Indian journal of veterinary science and animal husbandry - Volume 11,
Year: 1941
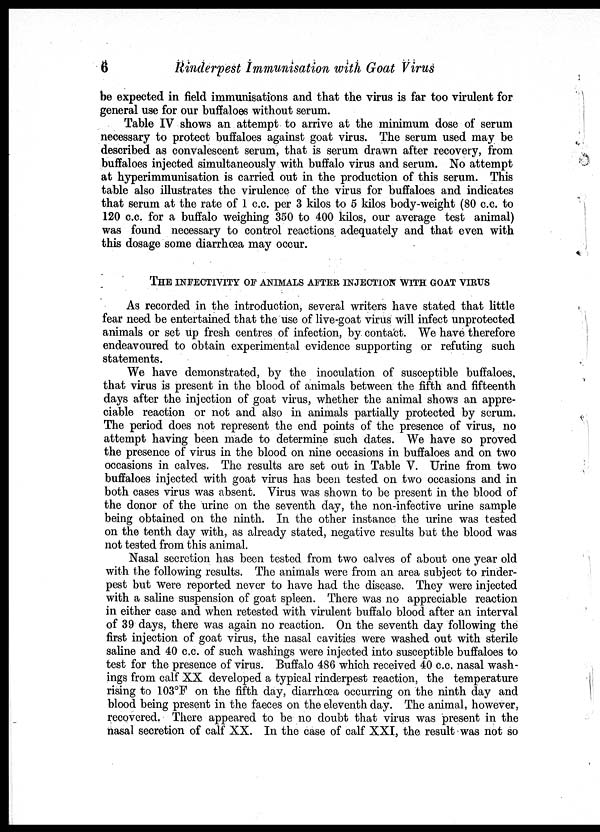
6
Rinderpest Immunisation with Goat Virus
be expected in field immunisations and that the virus is far too virulent for
general use for our buffaloes without serum.
Table IV shows an attempt to arrive at the minimum dose of serum
necessary to protect buffaloes against goat virus. The serum used may be
described as convalescent serum, that is serum drawn after recovery, from
buffaloes injected simultaneously with buffalo virus and serum. No attempt
at hyperimmunisation is carried out in the production of this serum. This
table also illustrates the virulence of the virus for buffaloes and indicates
that serum at the rate of 1 c.c. per 3 kilos to 5 kilos body-weight (80 c.c. to
120 c.c. for a buffalo weighing 350 to 400 kilos, our average test animal)
was found necessary to control reactions adequately and that even with
this dosage some diarrhœa may occur.
THE INFECTIVITY OF ANIMALS AFTER INJECTION WITH GOAT VIRUS
As recorded in the introduction, several writers have stated that little
fear need be entertained that the use of live-goat virus will infect unprotected
animals or set up fresh centres of infection, by contact. We have therefore
endeavoured to obtain experimental evidence supporting or refuting such
statements.
We have demonstrated, by the inoculation of susceptible buffaloes,
that virus is present in the blood of animals between the fifth and fifteenth
days after the injection of goat virus, whether the animal shows an appre-
ciable reaction or not and also in animals partially protected by serum.
The period does not represent the end points of the presence of virus, no
attempt having been made to determine such dates. We have so proved
the presence of virus in the blood on nine occasions in buffaloes and on two
occasions in calves. The results are set out in Table V. Urine from two
buffaloes injected with goat virus has been tested on two occasions and in
both cases virus was absent. Virus was shown to be present in the blood of
the donor of the urine on the seventh day, the non-infective urine sample
being obtained on the ninth. In the other instance the urine was tested
on the tenth day with, as already stated, negative results but the blood was
not tested from this animal.
Nasal secretion has been tested from two calves of about one year old
with the following results. The animals were from an area subject to rinder-
pest but were reported never to have had the disease. They were injected
with a saline suspension of goat spleen. There was no appreciable reaction
in either case and when retested with virulent buffalo blood after an interval
of 39 days, there was again no reaction. On the seventh day following the
first injection of goat virus, the nasal cavities were washed out with sterile
saline and 40 c.c. of such washings were injected into susceptible buffaloes to
test for the presence of virus. Buffalo 486 which received 40 c.c. nasal wash-
ings from calf XX developed a typical rinderpest reaction, the temperature
rising to 103°F on the fifth day, diarrhœa occurring on the ninth day and
blood being present in the faeces on the eleventh day. The animal, however,
recovered. There appeared to be no doubt that virus was present in the
nasal secretion of calf XX. In the case of calf XXI, the result was not so